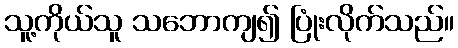
သူ့ကိုယ်သူ သဘောကျ၍ ပြုံးလိုက်သည်။